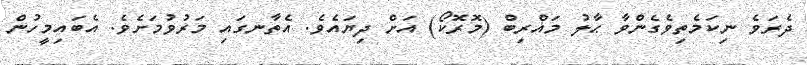
ދެރަވެ ނިކަމެތިވެގެންވާ ޙާލު މަޣްރިބް (މޮރޮކޯ) އަށް ދިޔައެވެ. އެތާނގައި މަރުވުމަށެވެ. އެބައިމީހުން